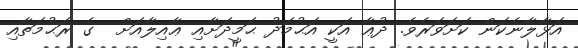
އަޅާލާނެކަން ކަށަވަރެވެ. ދުޢާ އަކީ އަޙުމަދު ޙަމީދަށާއި ޢާއިލާއަށް  ގެ ރަޙުމަތާއި